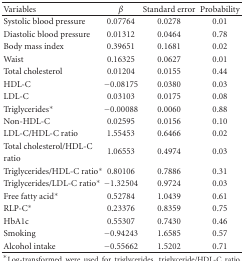
<table><thead><tr><td><b>Variables</b></td><td><b><i>β</i></b></td><td><b>Standard error</b></td><td><b>Probability</b></td></tr></thead><tbody><tr><td>Systolic blood pressure</td><td>0.07764</td><td>0.0278</td><td>0.01</td></tr><tr><td>Diastolic blood pressure</td><td>0.01312</td><td>0.0464</td><td>0.78</td></tr><tr><td>Body mass index</td><td>0.39651</td><td>0.1681</td><td>0.02</td></tr><tr><td>Waist</td><td>0.16325</td><td>0.0627</td><td>0.01</td></tr><tr><td>Total cholesterol</td><td>0.01204</td><td>0.0155</td><td>0.44</td></tr><tr><td>HDL-C</td><td>−0.08175</td><td>0.0380</td><td>0.03</td></tr><tr><td>LDL-C</td><td>0.03103</td><td>0.0175</td><td>0.08</td></tr><tr><td>Triglycerides*</td><td>−0.00088</td><td>0.0060</td><td>0.88</td></tr><tr><td>Non-HDL-C</td><td>0.02595</td><td>0.0156</td><td>0.10</td></tr><tr><td>LDL-C/HDL-C ratio</td><td>1.55453</td><td>0.6466</td><td>0.02</td></tr><tr><td>Total cholesterol/HDL-C</td><td rowspan="2">1.06553</td><td rowspan="2">0.4974</td><td rowspan="2">0.03</td></tr><tr><td>ratio</td></tr><tr><td>Triglycerides/HDL-C ratio*</td><td>0.80106</td><td>0.7886</td><td>0.31</td></tr><tr><td>Triglycerides/LDL-C ratio*</td><td>−1.32504</td><td>0.9724</td><td>0.03</td></tr><tr><td>Free fatty acid*</td><td>0.52784</td><td>1.0439</td><td>0.61</td></tr><tr><td>RLP-C*</td><td>0.23376</td><td>0.8359</td><td>0.75</td></tr><tr><td>HbA1c</td><td>0.55307</td><td>0.7430</td><td>0.46</td></tr><tr><td>Smoking</td><td>−0.94243</td><td>1.6585</td><td>0.57</td></tr><tr><td>Alcohol intake</td><td>−0.55662</td><td>1.5202</td><td>0.71</td></tr></tbody></table>